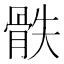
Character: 𩨰